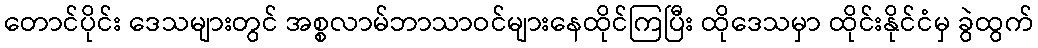
တောင်ပိုင်း ဒေသများတွင် အစ္စလာမ်ဘာသာဝင်များနေထိုင်ကြပြီး ထိုဒေသမှာ ထိုင်းနိုင်ငံမှ ခွဲထွက်